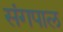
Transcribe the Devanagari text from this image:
संगपाल